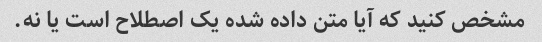
مشخص کنید که آیا متن داده شده یک اصطلاح است یا نه.